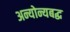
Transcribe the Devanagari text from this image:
अन्योन्यबद्ध